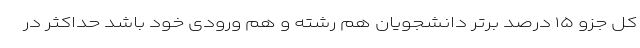
کل جزو ۱۵ درصد برتر دانشجویان هم رشته و هم ورودی خود باشد حداکثر در